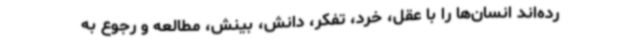
رده‌اند انسان‌ها را با عقل، خرد، تفکر، دانش، بینش، مطالعه و رجوع به